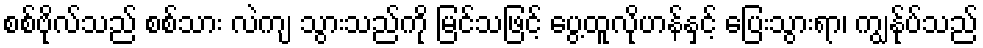
စစ်ဗိုလ်သည် စစ်သား လဲကျ သွားသည်ကို မြင်သဖြင့် ပွေ့ထူလိုဟန်နှင့် ပြေးသွားရာ၊ ကျွန်ုပ်သည်